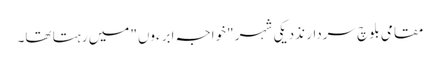
مقامی بلوچ سردار نذدیکی شہر "خواجہ ابرءوں" میں رہتا تھا۔